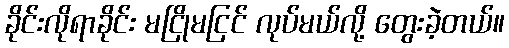
ခိုင်းလိုရာခိုင်း မငြိုမငြင် လုပ်မယ်လို့ တွေးခဲ့တယ်။